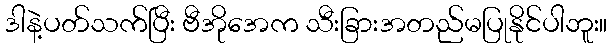
ဒါနဲ့ပတ်သက်ပြီး ဗီအိုအေက သီးခြားအတည်မပြုနိုင်ပါဘူး။